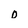
Character: 0